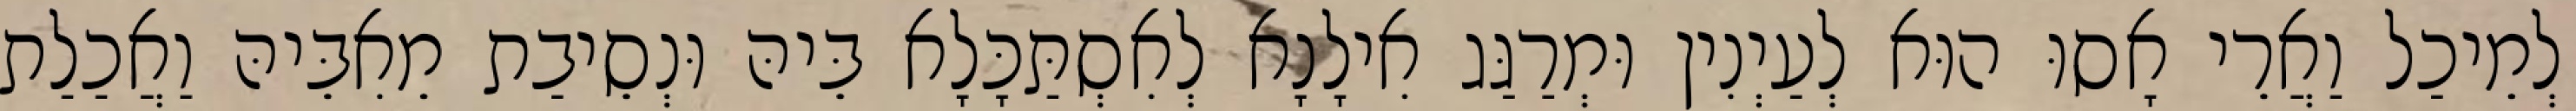
לְמֵיכַל וַאֲרֵי אָסוּ הוּא לְעַיְנִין וּמְרַגַּג אִילָנָא לְאִסְתַּכָּלָא בֵּיהּ וּנְסֵיבַת מֵאִבֵּיהּ וַאֲכַלַת